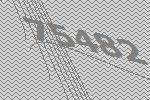
75482